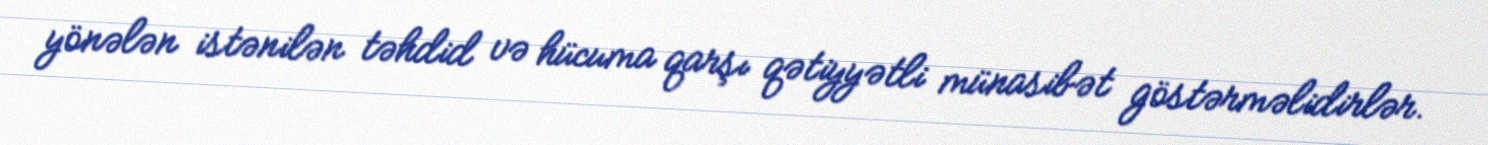
yönələn istənilən təhdid və hücuma qarşı qətiyyətli münasibət göstərməlidirlər.